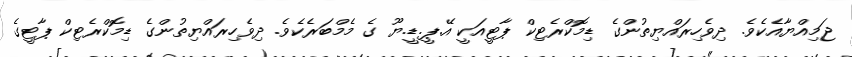
ޖަމިއްޔާއެކެވެ. ދިވެހިރައްޔިތުންގެ ޑިމޮކްރެޓިކް ޕާޓީއަކީ އޭ.ޕީ.ޑީ.ޔޫ ގެ މެމްބަރެކެވެ. ދިވެހިރައްޔިތުންގެ ޑިމޮކްރެޓިކް ޕާޓީގެ